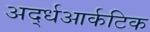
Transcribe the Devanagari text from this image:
अर्द्धआर्कटिक